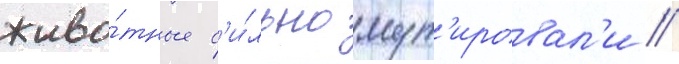
живо́тные с'и́льно мут'ировал'и //